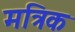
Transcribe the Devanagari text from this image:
मत्रिक